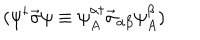
( \psi ^ { \dagger } \vec { \sigma } \psi \equiv \psi _ { A } ^ { \alpha \dagger } \vec { \sigma } _ { \alpha \beta } \psi _ { A } ^ { \beta } )